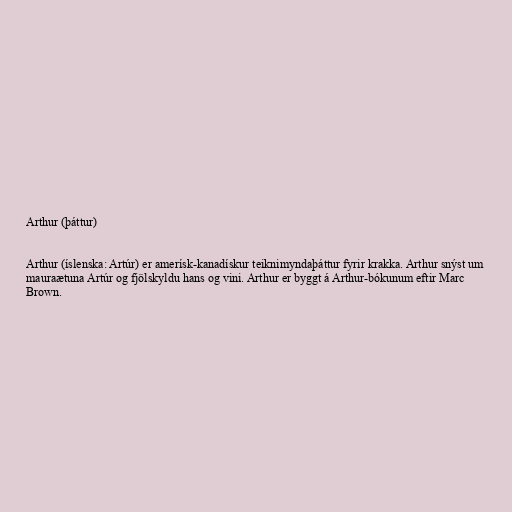
Arthur (þáttur)

Arthur (íslenska: Artúr) er amerísk-kanadískur teiknimyndaþáttur fyrir krakka. Arthur snýst um
mauraætuna Artúr og fjölskyldu hans og vini. Arthur er byggt á Arthur-bókunum eftir Marc
Brown.